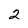
Character: 2